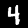
Label: 4